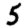
Digit: 5